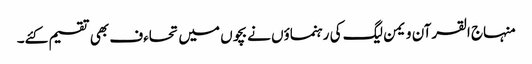
منہاج القرآن ویمن لیگ کی رہنماؤں نے بچوں میں تحاءف بھی تقسیم کئے۔